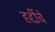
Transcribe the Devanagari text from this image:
हद्दींचे